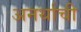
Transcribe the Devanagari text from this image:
अनर्थाची